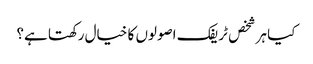
کیا ہر شخص ٹریفک اصولوں کا خیال رکھتا ہے؟